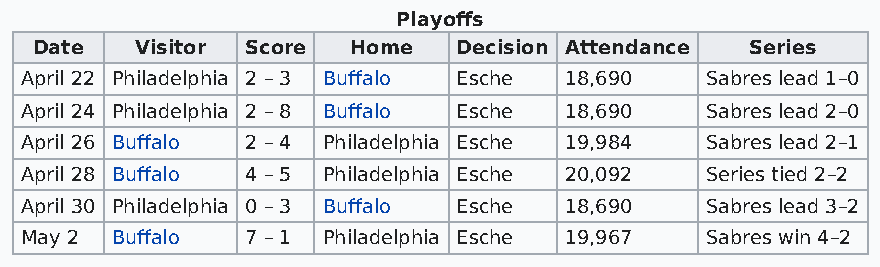
Playoffs
 Date   Visitor Score Home   Decision Attendance Series
 April 22 Philadelphia 2 – 3 Buffalo Esche 18,690 Sabres lead 1–0
 April 24 Philadelphia 2 – 8 Buffalo Esche 18,690 Sabres lead 2–0
 April 26 Buffalo 2 – 4 Philadelphia Esche 19,984 Sabres lead 2–1
 April 28 Buffalo 4 – 5 Philadelphia Esche 20,092 Series tied 2–2
 April 30 Philadelphia 0 – 3 Buffalo Esche 18,690 Sabres lead 3–2
 May 2 Buffalo  7 – 1 Philadelphia Esche 19,967 Sabres win 4–2